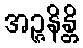
အဉ္ဇနိန္တိ